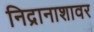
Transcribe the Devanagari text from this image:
निद्रानाशावर